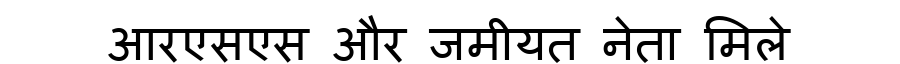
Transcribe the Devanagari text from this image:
आरएसएस और जमीयत नेता मिले